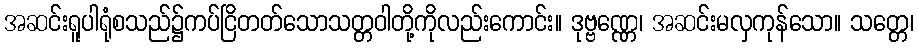
အဆင်းရူပါရုံစသည်၌ကပ်ငြိတတ်သောသတ္တဝါတို့ကိုလည်းကောင်း။ ဒုဗ္ဗဏ္ဏေ၊ အဆင်းမလှကုန်သော။ သတ္တေ၊